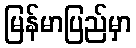
မြန်မာပြည်မှာ